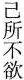
己所不欲